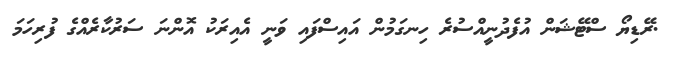
.ރޭޑިޔޯ ސްޓޭޝަން އުފެދުނީއްސުރެ ހިނގަމުން އައިސްފައި ވަނީ އެއިރަކު އޮންނަ ސަރުކާރެއްގެ ފުރިހަމަ